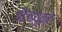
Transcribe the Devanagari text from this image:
बीजयुक्त